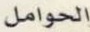
الحوامل